Civil Veterinary Department. Madras. Admin. report 1926-33 - 1926-1933
Year: 1926
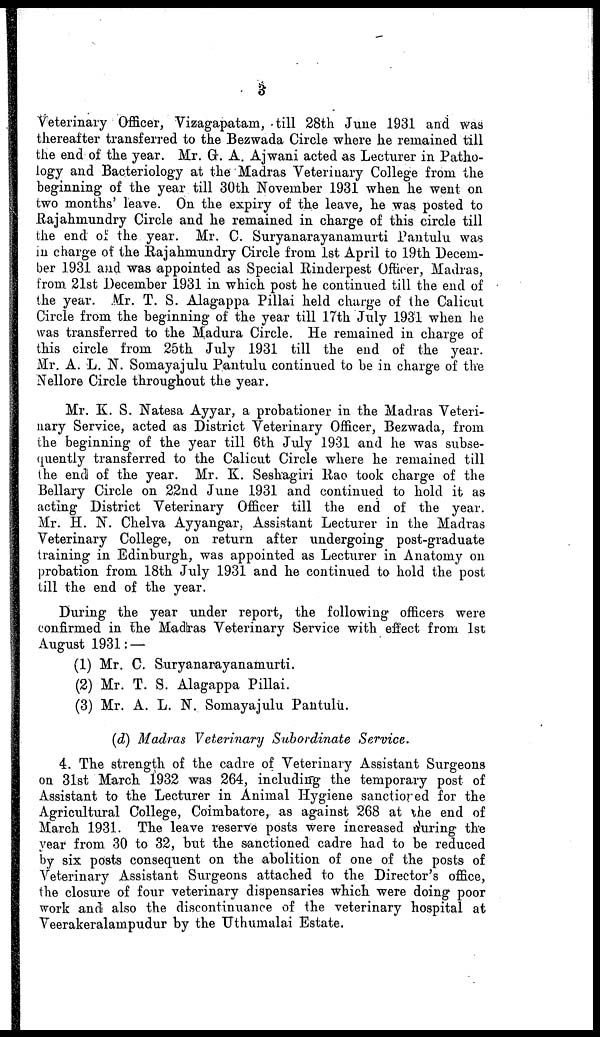
3
Veterinary Officer, Vizagapatam, till 28th June 1931 and was
thereafter transferred to the Bezwada Circle where he remained till
the end of the year. Mr. G. A. Ajwani acted as Lecturer in Patho-
logy and Bacteriology at the Madras Veterinary College from the
beginning of the year till 30th November 1931 when he went on
two months' leave. On the expiry of the leave, he was posted to
Rajahmundry Circle and he remained in charge of this circle till
the end of the year. Mr. C. Suryanarayanamurti Pantulu was
in charge of the Rajahmundry Circle from 1st April to 19th Decem-
ber 1931 and was appointed as Special Rinderpest Officer, Madras,
from 21st December 1931 in which post he continued till the end of
the year. Mr. T. S. Alagappa Pillai held charge of the Calicut
Circle from the beginning of the year till 17th July 1931 when he
was transferred to the Madura Circle. He remained in charge of
this circle from 25th July 1931 till the end of the year.
Mr. A. L. N. Somayajulu Pantulu continued to be in charge of the
Nellore Circle throughout the year.
Mr. K. S. Natesa Ayyar, a probationer in the Madras Veteri-
nary Service, acted as District Veterinary Officer, Bezwada, from
the beginning of the year till 6th July 1931 and he was subse-
quently transferred to the Calicut Circle where he remained till
the end of the year. Mr. K. Seshagiri Rao took charge of the
Bellary Circle on 22nd June 1931 and continued to hold it as
acting District Veterinary Officer till the end of the year.
Mr. H. N. Chelva Ayyangar. Assistant Lecturer in the Madras
Veterinary College, on return after undergoing post-graduate
training in Edinburgh, was appointed as Lecturer in Anatomy on
probation from 18th July 1931 and he continued to hold the post
till the end of the year.
During the year under report, the following officers were
confirmed in the Madras Veterinary Service with effect from 1st
August 1931: —
(1) Mr. C. Suryanarayanamurti.
(2) Mr. T. S. Alagappa Pillai.
(3) Mr. A. L. N. Somayajulu Pantulu.
(d) Madras Veterinary Subordinate
Service.
4. The strength of the cadre of Veterinary Assistant Surgeons
on 31st March 1932 was 264, including the temporary post of
Assistant to the Lecturer in Animal Hygiene sanctioned for the
Agricultural College, Coimbatore, as against 268 at the end of
March 1931. The leave reserve posts were increased during the
year from 30 to 32, but the sanctioned cadre had to be reduced
by six posts consequent on the abolition of one of the posts of
Veterinary Assistant Surgeons attached to the Director's office,
the closure of four veterinary dispensaries which were doing poor
work and also the discontinuance of the veterinary hospital at
Veerakeralampudur by the Uthumalai Estate.